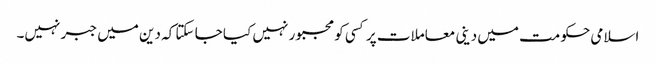
اسلامی حکومت میں دینی معاملات پر کسی کو مجبور نہیں کیا جا سکتا کہ دین میں جبر نہیں۔